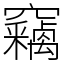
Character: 竊